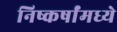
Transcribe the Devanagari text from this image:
निष्कर्षांमध्ये